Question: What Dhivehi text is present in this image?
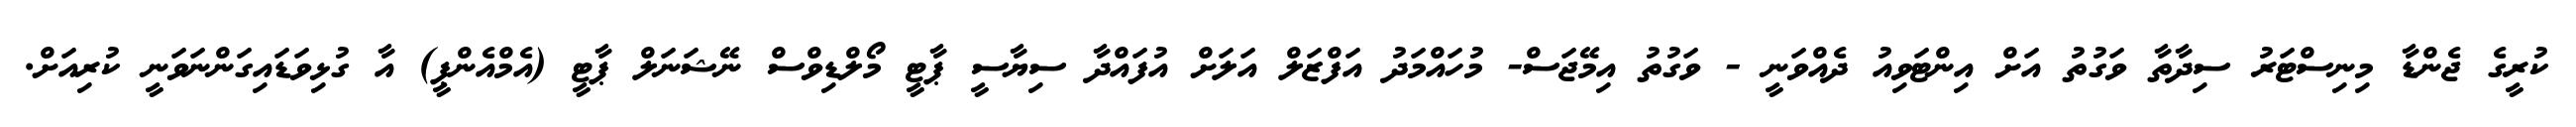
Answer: ކުރީގެ ޖެންޑާ މިނިސްޓަރު ސިދާތާ ވަގުތު އަށް އިންޓަވިއު ދެއްވަނީ - ވަގުތު އިމޭޖަސް- މުހައްމަދު އަފްޒަލް އަލަށް އުފައްދާ ސިޔާސީ ޕާޓީ މޯލްޑިވްސް ނޭޝަނަލް ޕާޓީ (އެމްއެންޕީ) އާ ގުޅިވަޑައިގަންނަވަނީ ކުރިއަށް.